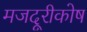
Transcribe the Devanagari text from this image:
मजदूरीकोष